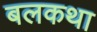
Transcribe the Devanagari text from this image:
बलकथा